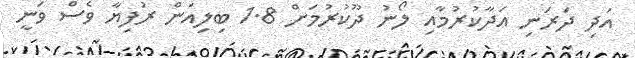
އަދި ދަރަނި އަދާކުރުމާއި ލޯނު ދޫކުރުމަށް 1.8 ބިލިއަން ރުފިޔާ ވެސް ވަނީ